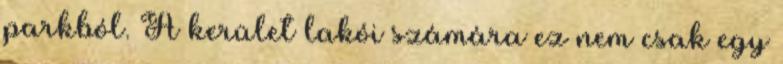
parkból. A kerület lakói számára ez nem csak egy